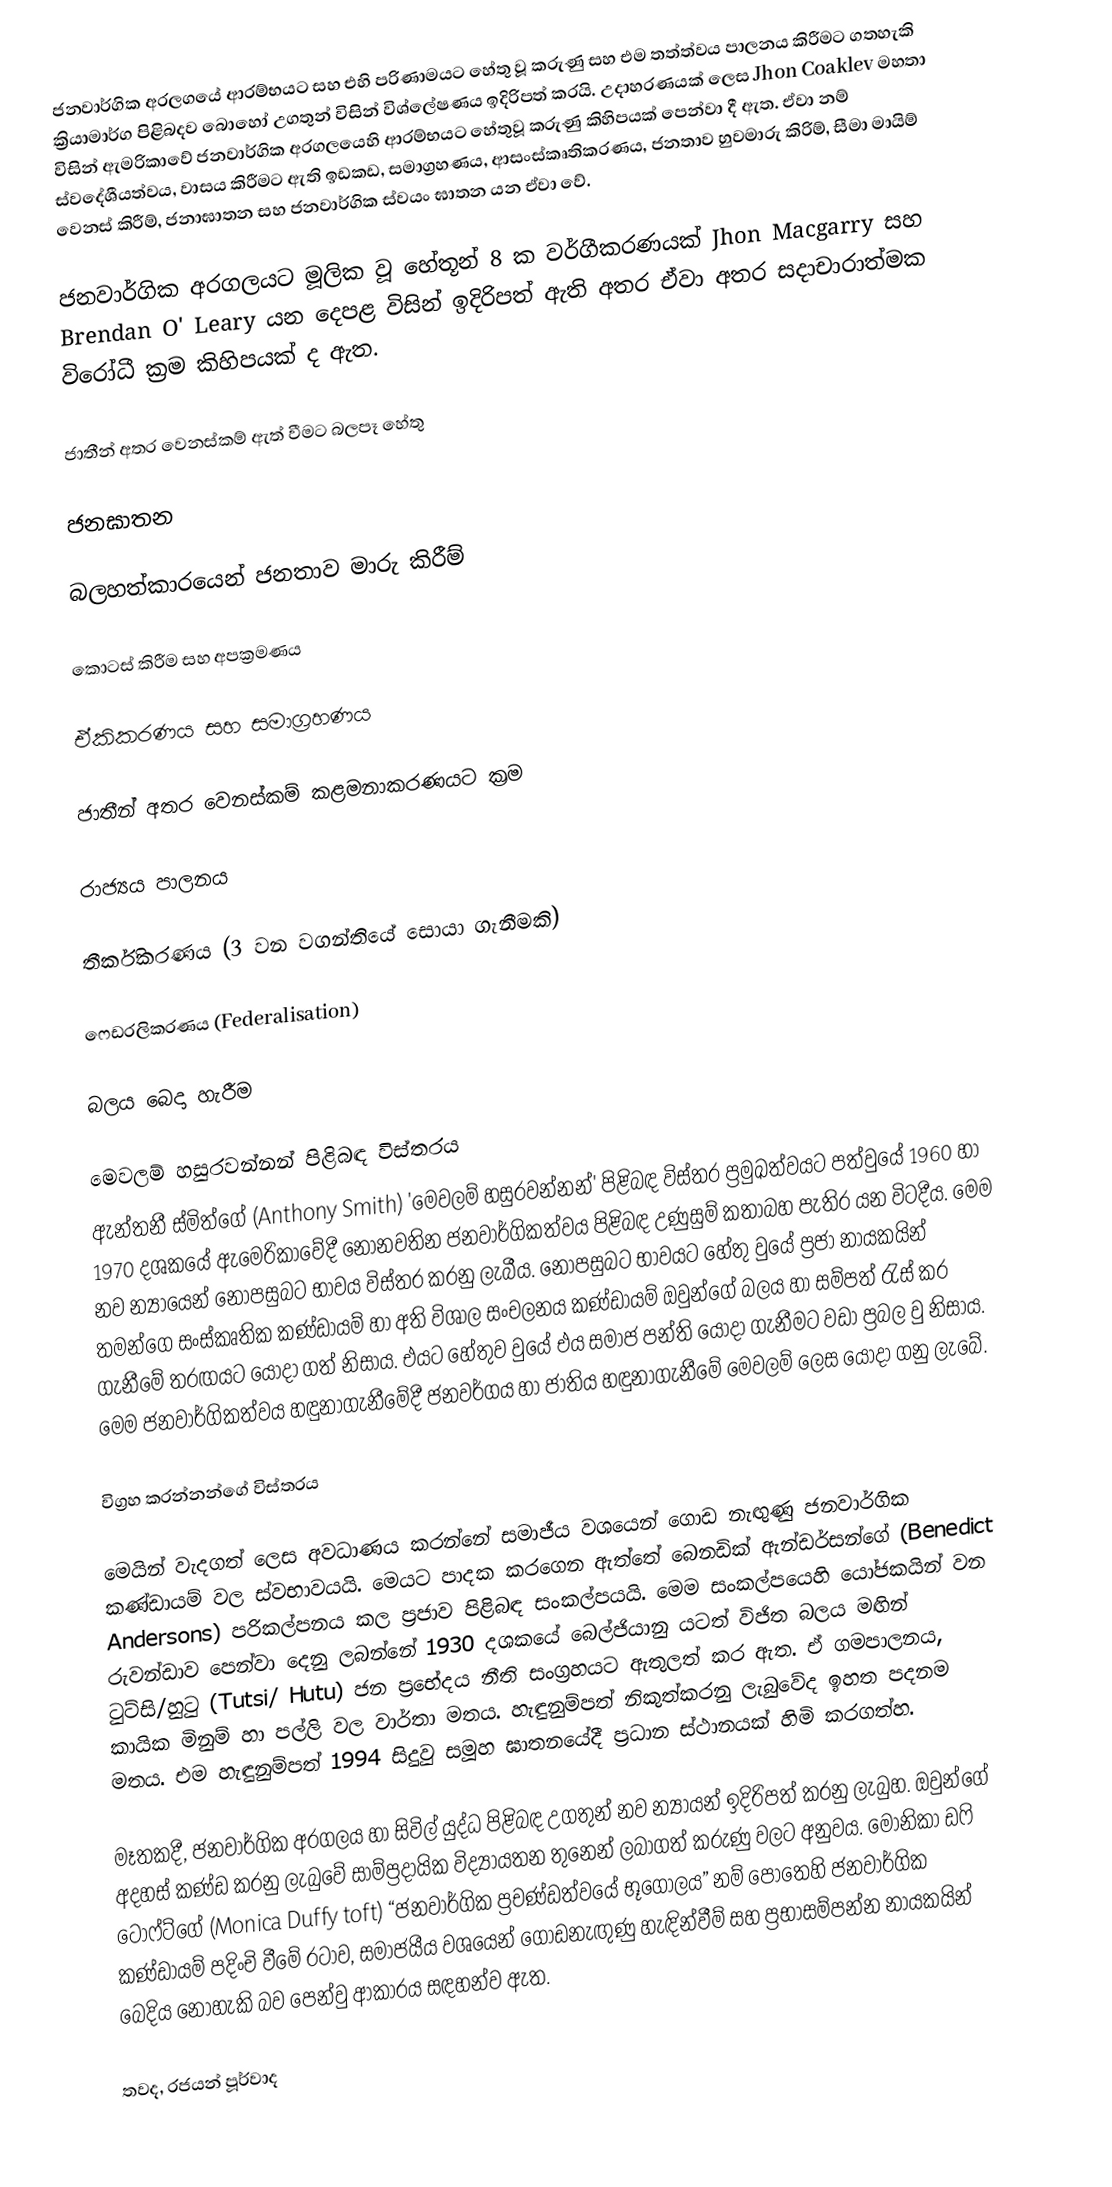
ජනවාර්ගික අරලගයේ ආරම්භයට සහ එහි පරිණාමයට හේතු  වූ කරුණු සහ එම තත්ත්වය පාලනය කිරීමට ගතහැකි ක්‍රියාමාර්ග පිළිබදව බො‍හෝ උගතුන් විසින් විශ්ලේෂණය ඉදිරිපත් කරයි. උදාහරණයක් ලෙස Jhon Coaklev මහතා විසින් ඇමරිකාවේ ජනවාර්ගික අරගලයෙහි ආරම්භයට හේතුවූ කරුණු කිහිපයක් පෙන්වා දී ඇත. ඒවා නම් ස්වදේශීයත්වය, වාසය කිරීමට ඇති ඉඩකඩ, සමාග්‍රහණය, ආසංස්කෘතිකරණය, ජනතාව හුවමාරු කිරිම්, සීමා මායිම් වෙනස් කිරීම්, ජනාඝාතන සහ ජනවාර්ගික ස්වයං ‍ඝාතන යන ඒවා වේ.

ජනවාර්ගික අරගලයට මූලික වූ හේතූන් 8 ක වර්ගීකරණයක් Jhon Macgarry සහ Brendan O' Leary යන දෙපළ විසින් ඉදිරිපත් ඇති අතර ඒවා අතර සදාචාරාත්මක විරෝධී ක්‍රම කිහිපයක් ද ඇත.

ජාතීන් අතර වෙනස්කම් ඇත් වීමට බලපෑ හේතු

ජනඝාතන

බලහත්කාරයෙන් ජනතාව මාරු කිරීම්

කොටස් කිරීම සහ අපක්‍රමණය

ඒකිකරණය සහ සමාග්‍රහණය

ජාතීන් අතර වෙනස්කම් කළමනාකරණයට ක්‍රම

රාජ්‍යය පාලනය

තීර්කිකරණය (3 වන වගන්තියේ සොයා ගැනීමකි)

ෆෙඩරලිකරණය (Federalisation)

බලය බෙදා හැරීම

මෙවලම් හසුරවන්නන් පිළිබඳ විස්තරය
ඇන්තනී ස්මිත්ගේ (Anthony Smith) 'මෙවලම් හසුරවන්නන්' පිළිබඳ විස්තර ප්‍රමුඛත්වයට පත්වුයේ 1960 හා 1970 දශකයේ ඇමෙරිකාවේදී නොනවතින ජනවාර්ගිකත්වය පිළිබඳ උණුසුම් කතාබහ පැතිර යන විටදීය. මෙම නව න්‍යායෙන් නොපසුබට භාවය විස්තර කරනු ලැබීය. නොපසුබට භාවයට හේතු වුයේ ප්‍රජා නායකයින් තමන්ගෙ සංස්කෘතික කණ්ඩායම් හා අති විශාල සංචලනය කණ්ඩායම් ඔවුන්ගේ බලය හා සම්පත් රැස් කර ගැනීමේ තරඟයට යොදා ගත් නිසාය. එයට හේතුව වුයේ එය සමාජ පන්ති යොදා ගැනීමට වඩා ප්‍රබල වු නිසාය. මෙම ජනවාර්ගිකත්වය හඳුනාගැනීමේදී ජනවර්ගය හා ජාතිය හඳුනාගැනීමේ මෙවලම් ලෙස යොදා ගනු ලැබේ.

විග්‍රහ කරන්නන්ගේ විස්තරය

මෙයින් වැදගත් ලෙස අවධාණය කරන්නේ සමාජීය වශයෙන් ගොඩ නැඟුණු ජනවාර්ගික කණ්ඩායම් වල ස්වභාවයයි. මෙයට පාදක කරගෙන ඇත්තේ බෙනඩික් ඇන්ඩර්සන්ගේ (Benedict Andersons) පරිකල්පනය කල ප්‍රජාව පිළිබඳ සංකල්පයයි. මෙම සංකල්පයෙහි යෝජකයින් වන රුවන්ඩාව පෙන්වා දෙනු ලබන්නේ 1930 දශකයේ බෙල්ජියානු යටත් විජිත බලය මඟින් ටුට්සි/හුටු (Tutsi/ Hutu) ජන ප්‍රභේදය නීති සංග්‍රහයට ඇතුලත් කර ඇත.  ඒ ගමපාලනය, කායික මිනුම් හා පල්ලි වල වාර්තා මතය. හැඳුනුම්පත් නිකුත්කරනු ලැ‍බුවේද ඉහත පදනම මතය. එම හැඳුනුම්පත් 1994 සිදුවු සමූහ ඝාතනයේදී ප්‍රධාන ස්ථානයක් හිමි කරගත්හ.

මෑතකදී, ජනවාර්ගික අරගලය හා සිවිල් යුද්ධ පිළිබඳ උගතුන් නව න්‍යායන් ඉදිරිපත් කරනු ලැබුහ. ඔවුන්ගේ අදහස් කණ්ඩ කරනු ලැබුවේ සාම්ප්‍රදායික විද්‍යායතන තුනෙන් ලබාගත් කරුණු වලට අනුවය. මොනිකා ඩෆි ටොෆ්ට්ගේ (Monica Duffy toft) “ජනවාර්ගික ප්‍රචණ්ඩත්වයේ භූගෝලය” නම් පොතෙහි ජනවාර්ගික කණ්ඩායම් පදිංචි වීමේ රටාව, සමාජයීය වශයෙන් ගොඩනැඟුණු හැඳින්වීම් සහ ප්‍රභාසම්පන්න නායකයින් බෙදිය නොහැකි බව පෙන්වු ආකාරය සඳහන්ව ඇත.

තවද, රජයන් පූර්වාද